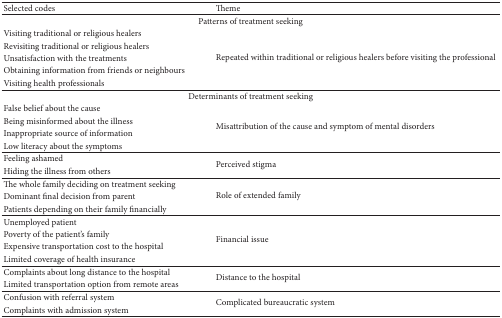
<table><thead><tr><td><b>Selected codes</b></td><td><b>Theme</b></td></tr></thead><tbody><tr><td colspan="2">Patterns of treatment seeking</td></tr><tr><td>Visiting traditional or religious healers</td><td rowspan="5">Repeated within traditional or religious healers before visiting the professional </td></tr><tr><td>Revisiting traditional or religious healers</td></tr><tr><td>Unsatisfaction with the treatments</td></tr><tr><td>Obtaining information from friends or neighbours</td></tr><tr><td>Visiting health professionals</td></tr><tr><td colspan="2">Determinants of treatment seeking</td></tr><tr><td>False belief about the cause</td><td rowspan="4">Misattribution of the cause and symptom of mental disorders</td></tr><tr><td>Being misinformed about the illness</td></tr><tr><td>Inappropriate source of information</td></tr><tr><td>Low literacy about the symptoms</td></tr><tr><td>Feeling ashamed</td><td rowspan="2">Perceived stigma</td></tr><tr><td>Hiding the illness from others</td></tr><tr><td>The whole family deciding on treatment seeking</td><td rowspan="3">Role of extended family</td></tr><tr><td>Dominant final decision from parent</td></tr><tr><td>Patients depending on their family financially</td></tr><tr><td>Unemployed patient</td><td rowspan="4">Financial issue</td></tr><tr><td>Poverty of the patient&#x27;s family</td></tr><tr><td>Expensive transportation cost to the hospital</td></tr><tr><td>Limited coverage of health insurance</td></tr><tr><td>Complaints about long distance to the hospital</td><td rowspan="2">Distance to the hospital</td></tr><tr><td>Limited transportation option from remote areas</td></tr><tr><td>Confusion with referral system</td><td rowspan="2">Complicated bureaucratic system</td></tr><tr><td>Complaints with admission system</td></tr></tbody></table>